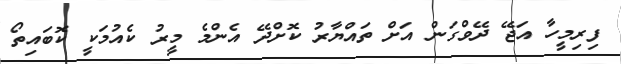
ފިރިމީހާ އަޖޭ ދޭވްގަން އަށް ތައްޔާރު ކޮށްދޭ އެންމެ މީރު ކެއުމަކީ ކޮބައިތޯ